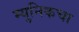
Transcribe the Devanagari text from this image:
म्युनिकचा